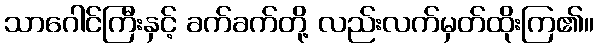
သာဂေါင်ကြီးနှင့် ခက်ခက်တို့ လည်းလက်မှတ်ထိုးကြ၏။